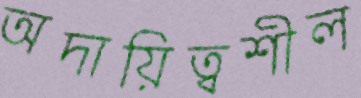
অদায়িত্বশীল